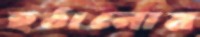
হঠানোয়